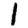
Digit: 1